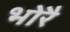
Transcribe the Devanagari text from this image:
भोरै